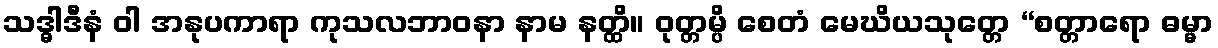
သဒ္ဓါဒီနံ ဝါ အနုပကာရာ ကုသလဘာဝနာ နာမ နတ္ထိ။ ဝုတ္တမ္ပိ စေတံ မေဃိယသုတ္တေ “စတ္တာရော ဓမ္မာ